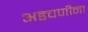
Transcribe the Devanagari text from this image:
अडचणीना